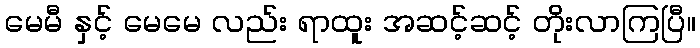
မေမီ နှင့် မေမေ လည်း ရာထူး အဆင့်ဆင့် တိုးလာကြပြီ။